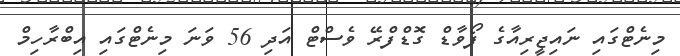
މިނެޓްގައި ނައިޖީރިއާގެ ފޯވާޑް ގޮޑްފްރޭ ވެސްޓް އަދި 56 ވަނަ މިނެޓްގައި އިބްރާހިމް